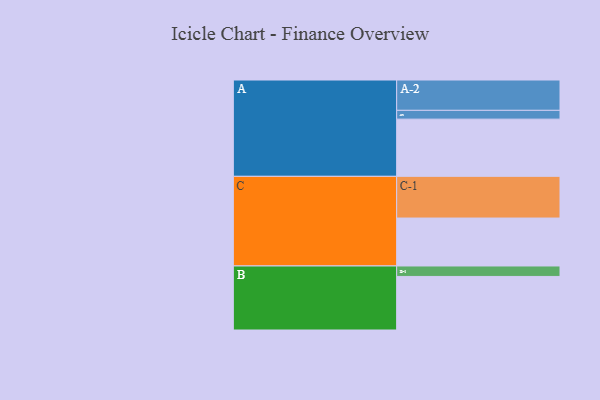
{"axis": {"x": "Segment", "y": "Value"}, "legend": ["", "A", "B", "C"], "data": [{"x": "A", "y": 377, "type": ""}, {"x": "B", "y": 353, "type": ""}, {"x": "C", "y": 316, "type": ""}, {"x": "A-1", "y": 58, "type": "A"}, {"x": "A-2", "y": 200, "type": "A"}, {"x": "B-1", "y": 69, "type": "B"}, {"x": "C-1", "y": 275, "type": "C"}]}